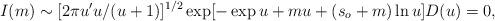
LaTeX: \begin{align*}I(m)\sim [2\pi u'u/(u+1)]^{1/2}\exp [-\exp u+mu+(s_o +m)\ln u]D(u) = 0,\end{align*}